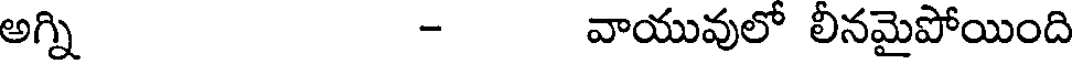
అగ్ని - వాయువులో లీనమైపోయింది